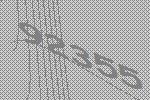
92355